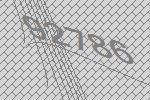
92786